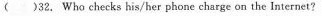
( )32. Who checks his/her phone charge on the Internet?